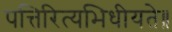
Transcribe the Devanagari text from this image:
पत्तिरित्यभिधीयते॥